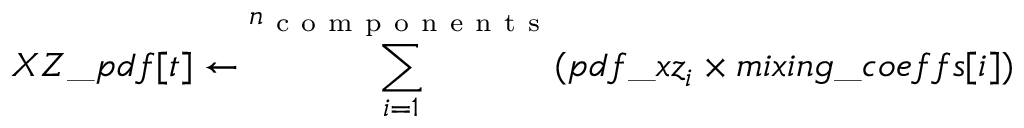
X Z \_ p d f [ t ] \leftarrow \sum _ { i = 1 } ^ { n _ { \mathrm { ~ c ~ o ~ m ~ p ~ o ~ n ~ e ~ n ~ t ~ s ~ } } } ( p d f \_ x z _ { i } \times m i x i n g \_ c o e f f s [ i ] )